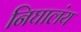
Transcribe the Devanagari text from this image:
निघालंंय